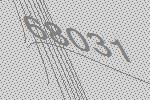
68031